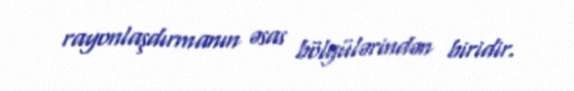
rayonlaşdırmanın əsas bölgülərindən biridir.